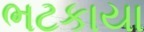
ભટકાયા